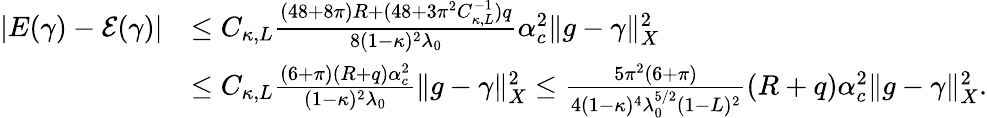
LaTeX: \begin{array}{rl}{|E(\gamma)-\mathcal{E}(\gamma)|}&{\leq C_{\kappa,L}\frac{(48+8\pi)R+(48+3\pi^{2}C_{\kappa,L}^{-1})q}{8(1-\kappa)^{2}\lambda_{0}}\alpha_{c}^{2}\| g-\gamma\| _{X}^{2}}\\ &{\leq C_{\kappa,L}\frac{(6+\pi)(R+q)\alpha_{c}^{2}}{(1-\kappa)^{2}\lambda_{0}}\| g-\gamma\| _{X}^{2}\leq\frac{5\pi^{2}(6+\pi)}{4(1-\kappa)^{4}\lambda_{0}^{5/2}(1-L)^{2}}(R+q)\alpha_{c}^{2}\| g-\gamma\| _{X}^{2}.}\end{array}